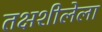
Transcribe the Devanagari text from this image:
तक्षशीलेला